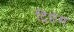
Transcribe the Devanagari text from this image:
ट्रिप्टेस